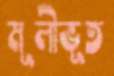
মূলীভূত